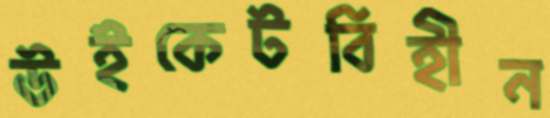
উইকেটবিহীন